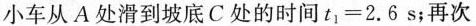
小车从A处滑到坡底C处的时间$$t _ { 1 } = 2 . 6 s$$；再次